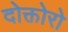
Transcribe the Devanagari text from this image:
दोक्तोरो